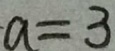
a = 3